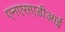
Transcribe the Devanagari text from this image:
एनएसएडीआई